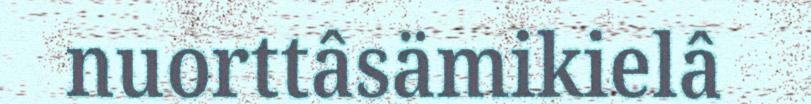
nuorttâsämikielâ